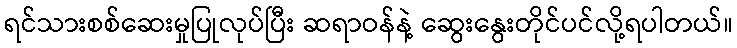
ရင်သားစစ်ဆေးမှုပြုလုပ်ပြီး ဆရာဝန်နဲ့ ဆွေးနွေးတိုင်ပင်လို့ရပါတယ်။